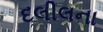
દલીલના